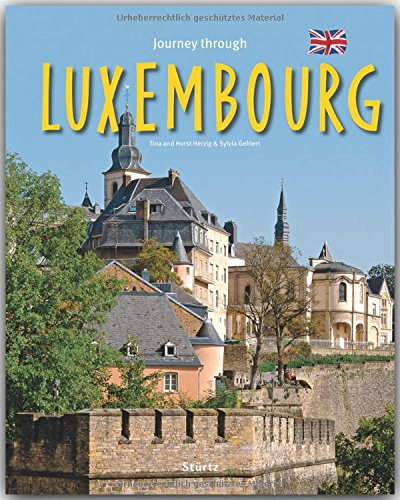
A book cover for Journey Through Luxembourg (Journey Through series); Sylvia Gehlert; Travel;